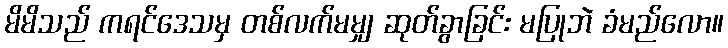
မိမိသည် ကရင်ဒေသမှ တစ်လက်မမျှ ဆုတ်ခွာခြင်း မပြုဘဲ ခံမည်လော။